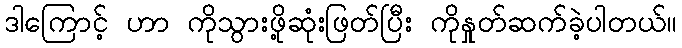
ဒါကြောင့် ဟာ ကိုသွားဖို့ဆုံးဖြတ်ပြီး ကိုနှုတ်ဆက်ခဲ့ပါတယ်။